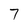
Character: 7